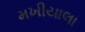
મખીયાલા